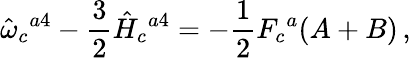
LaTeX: \hat{\omega}_{c}{}^{a4}-\frac{3}{2}\hat{H}_{c}{}^{a4}=-\frac{1}{2}F_{c}{}^{a}(A+B)\, ,